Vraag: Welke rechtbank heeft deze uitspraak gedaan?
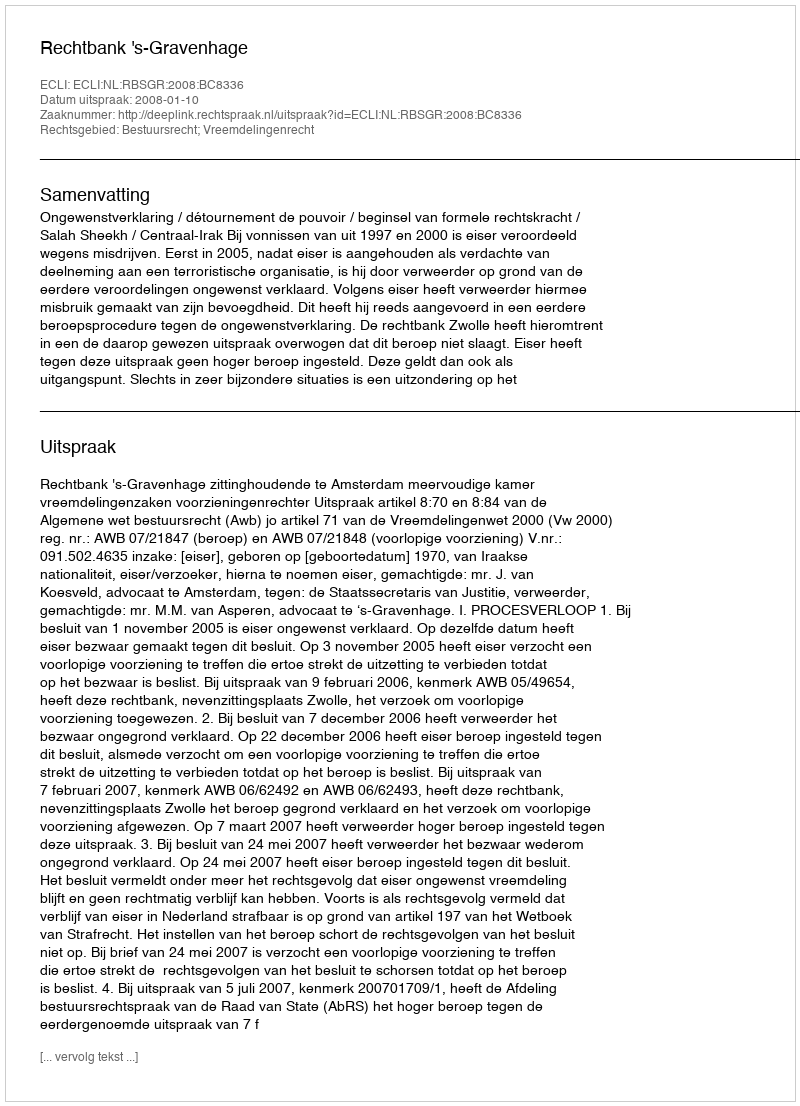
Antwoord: Rechtbank 's-Gravenhage